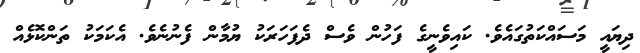
ދިޔައީ މަސައްކަތުގައެވެ. ކައިވެނީގެ ފަހުން ވެސް ދެފަހަރަކު ޔުމާން ފެނުނެވެ. އެކަމަކު ތަންކޮޅެއް